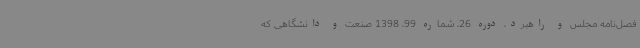
فصل‌نامه مجلس و راهبرد، دوره 26، شماره 99، 1398 صنعت و دانشگاهی که